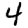
Digit: 4